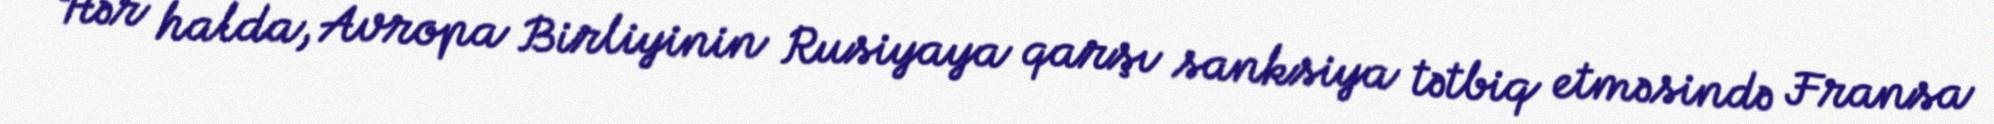
Hər halda, Avropa Birliyinin Rusiyaya qarşı sanksiya tətbiq etməsində Fransa